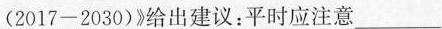
(2017-2030)》给出建议：平时应注意___